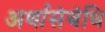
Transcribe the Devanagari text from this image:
अर्थासंबंधि